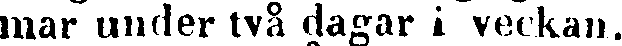
mar under två dagar i veckan.